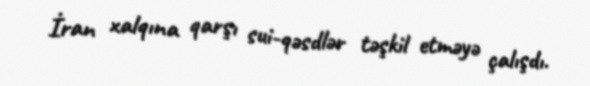
İran xalqına qarşı sui-qəsdlər təşkil etməyə çalışdı.